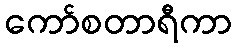
ကော်စတာရီကာ